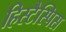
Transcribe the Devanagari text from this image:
हिस्टैस्पिस